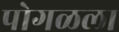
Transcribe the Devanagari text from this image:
पोगळला